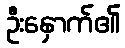
ဦးနှောက်၏